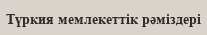
Түркия мемлекеттік рәміздері